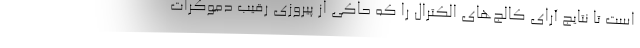
است تا نتایج آرای کالج‌های الکترال را که حاکی از پیروزی رقیب دموکرات